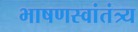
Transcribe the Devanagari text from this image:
भाषणस्वांतंत्र्य